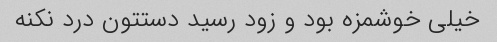
خیلی خوشمزه بود و زود رسید دستتون درد نکنه